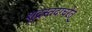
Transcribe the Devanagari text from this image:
शूद्रस्तदाचरेत्